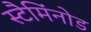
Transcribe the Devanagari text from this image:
स्टैमिंनोड